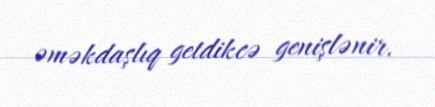
əməkdaşlıq getdikcə genişlənir.